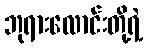
ဘုရားလောင်းတို့ရဲ့